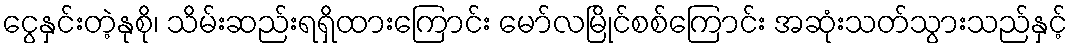
ငွေနှင်းတဲ့နုစို၊ သိမ်းဆည်းရရှိထားကြောင်း မော်လမြိုင်စစ်ကြောင်း အဆုံးသတ်သွားသည်နှင့်